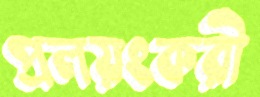
প্রলয়ংকরী